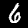
Digit: 6